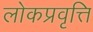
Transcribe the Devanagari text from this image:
लोकप्रवृत्ति